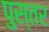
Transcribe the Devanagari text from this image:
पुस्तर